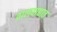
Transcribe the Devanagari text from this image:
तालवाद्यात